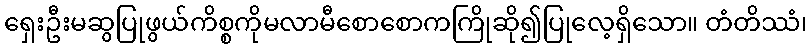
ရှေးဦးမဆွပြုဖွယ်ကိစ္စကိုမလာမီစောစောကကြိုဆို၍ပြုလေ့ရှိသော။ တံတိဿံ၊